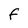
Character: F